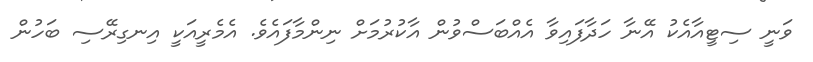
ވަނީ ސިޓީއާއެކު އޭނާ ހަދާފައިވާ އެއްބަސްވުން އާކުރުމަށް ނިންމާފައެވެ. އެމެރީއަކީ އިނގިރޭސި ބަހުން